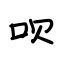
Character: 呗